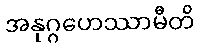
အနုဂ္ဂဟေဿာမီတိ